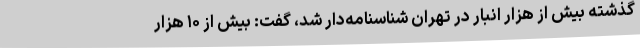
گذشته بیش از هزار انبار در تهران شناسنامه‌دار شد، گفت: بیش از ۱۰ هزار